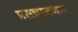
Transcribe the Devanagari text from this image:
प्रसन्नाननम्